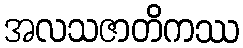
အလသဇာတိကဿ